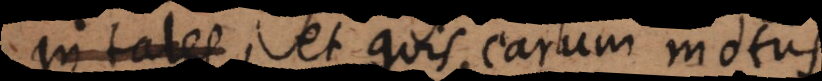
in tales, et quis earum motus.